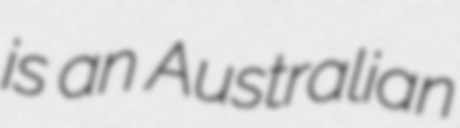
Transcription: is an Australian